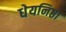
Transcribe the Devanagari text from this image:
धेयनिष्ठा